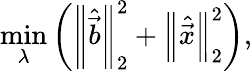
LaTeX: \operatorname*{min}_{\lambda}{\left({\left\| \hat{\vec{b}}\right\| }_{2}^{2}+{\left\| \hat{\vec{x}}\right\| }_{2}^{2}\right)},